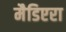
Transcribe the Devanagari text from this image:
मैडिएरा